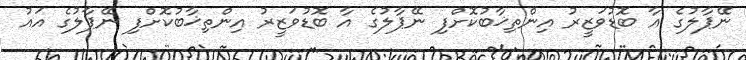
ނޭޕާލުގެ އާ ބޮޑުވަޒީރު އިންތިޚާބުކޮށްފި ނޭޕާލުގެ އާ ބޮޑުވަޒީރު އިންތިޚާބުކޮށްފި ނޭޕާލުގެ އައު